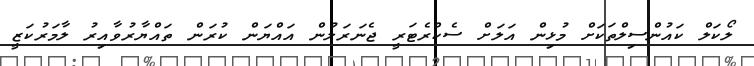
ލޯކަލް ކައުންސިލްތަކަށް މުޅިން އަލަށް ސެކްރެޓަރީ ޖެނަރަލުން އައްޔަން ކުރަން ތައްޔާރުވާއިރު ލާމަރުކަޒީ